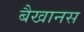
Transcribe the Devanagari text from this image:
बैखानस